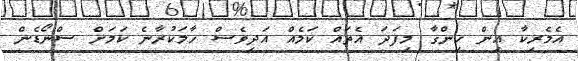
އެމެރިކާ އިން ހިންގާ މިފަދަ އެތައް ކަމެއް އަދިވެސް ހާމަކުރާނެ ކަމަށް ސްނޯޑެން